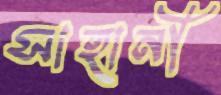
সাহানী